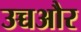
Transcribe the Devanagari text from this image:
उच्चऔर